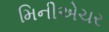
મિનીએચર